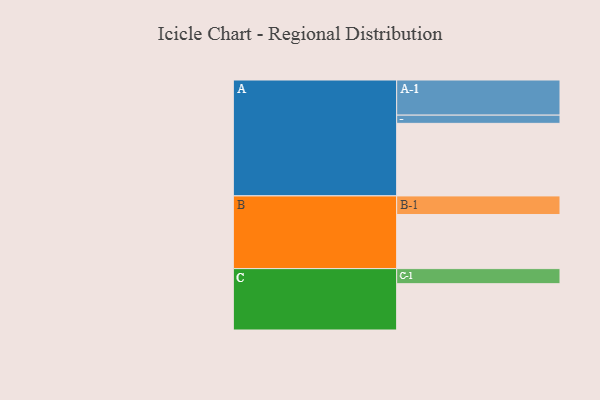
{"axis": {"x": "Segment", "y": "Value"}, "legend": ["", "A", "B", "C"], "data": [{"x": "A", "y": 539, "type": ""}, {"x": "B", "y": 402, "type": ""}, {"x": "C", "y": 344, "type": ""}, {"x": "A-1", "y": 261, "type": "A"}, {"x": "A-2", "y": 61, "type": "A"}, {"x": "B-1", "y": 138, "type": "B"}, {"x": "C-1", "y": 112, "type": "C"}]}